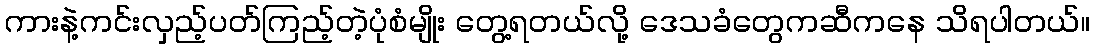
ကားနဲ့ကင်းလှည့်ပတ်ကြည့်တဲ့ပုံစံမျိုး တွေ့ရတယ်လို့ ဒေသခံတွေကဆီကနေ သိရပါတယ်။